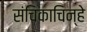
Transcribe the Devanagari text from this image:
संचिकाचिन्हे